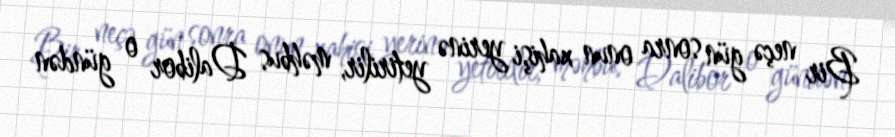
Bir neçə gün sonra onun xahişi yerinə yetirilir, məhbus Dalibor o gündən